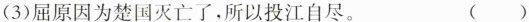
(3)屈原因为楚国灭亡了，所以投江自尽。 ()